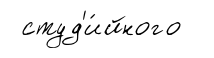
студ'и́йного